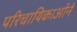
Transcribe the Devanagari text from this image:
परिचायिकाओंने